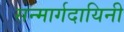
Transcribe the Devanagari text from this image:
सन्मार्गदायिनी